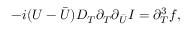
- i ( U - { \bar { U } } ) D _ { T } \partial _ { T } \partial _ { \bar { U } } { \cal I } = \partial _ { T } ^ { 3 } f ,